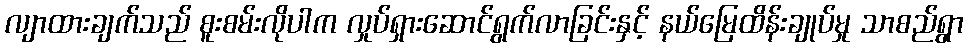
လျာထားချက်သည် စူးစမ်းလိုပါက လှုပ်ရှားဆောင်ရွက်လာခြင်းနှင့် နယ်မြေထိန်းချုပ်မှု သာစည်ရွာ